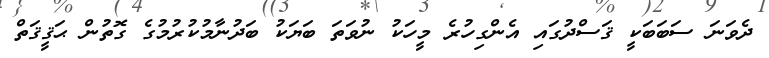
ދެވަނަ ސަބަބަކީ ޤަސްދުގައި އެންގިހުރެ މީހަކު ނުވަތަ ބަޔަކު ބަދުނާމުކުރުމުގެ ގޮތުން ޙަޤީޤަތް